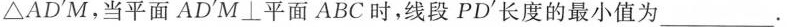
△AD'M，当平面AD'M⊥平面ABC时，线段PD'长度的最小值为___.